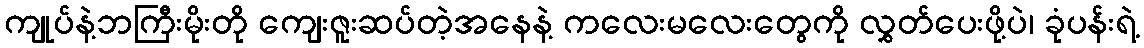
ကျုပ်နဲ့ဘကြီးမိုးတို ကျေးဇူးဆပ်တဲ့အနေနဲ့ ကလေးမလေးတွေကို လွှတ်ပေးဖို့ပဲ၊ ခုံပန်းရဲ့